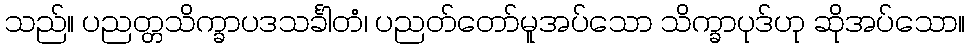
သည်။ ပညတ္တသိက္ခာပဒသင်္ခါတံ၊ ပညတ်တော်မူအပ်သော သိက္ခာပုဒ်ဟု ဆိုအပ်သော။